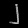
Digit: ၂